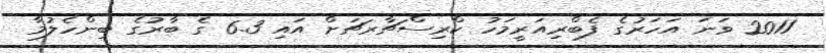
2011 ވަނަ އަހަރުގެ ފެބްރިއަރީމަހު ކްރިސްޗާރޗަށް އައި 6.3 ގެ ބާރުގެ ބިންހެލުމާ